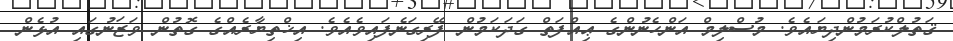
ޤަތުލްކުރަމުންދިޔައެވެ. މުސްލިމް އަންހެނުންގެ ޢިއްފަތް ގަދަކަމުން ފޭރިގަނެފައިވެއެވެ. އިޚްތިޔާރެއްގެ ގޮތުން ވަޒަނުގައި އުޅެން